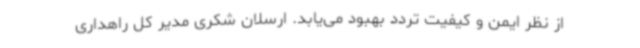
از نظر ایمن و کیفیت تردد بهبود می‌یابد. ارسلان شکری مدیر کل راهداری